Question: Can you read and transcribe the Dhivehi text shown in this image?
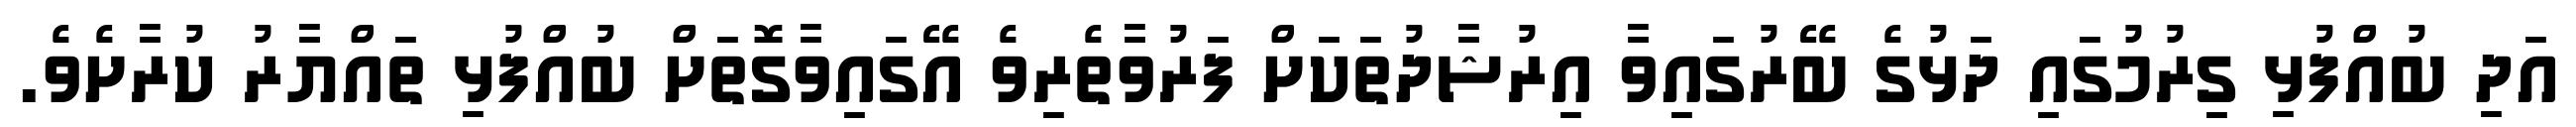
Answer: އަދި ބުއްފުޅި ގިރުމުގައި ދަޅުގެ ބޭރުގައިވާ އިރުޝާދުތަކަށް ފަރުވާތެރިވެ އޭގައިވާގޮތަށް ބުއްފުޅި ތައްޔާރު ކުރާށެވެ.